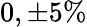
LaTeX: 0,\pm 5\%